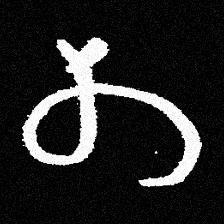
Pyu character \u2014 Myanmar letter: တ (romanized: ta)